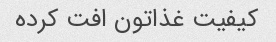
کیفیت غذاتون افت کرده